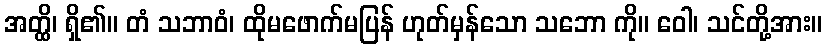
အတ္ထိ၊ ရှိ၏။ တံ သဘာဝံ၊ ထိုမဖောက်မပြန် ဟုတ်မှန်သော သဘော ကို။ ဝေါ၊ သင်တို့အား။